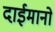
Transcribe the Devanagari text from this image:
दाईमानो